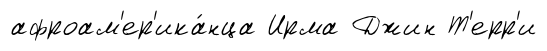
афроам'ер'ика́нца Ирма Джин Т'ерр'и